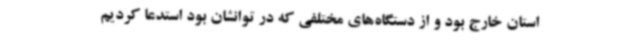
استان خارج بود و از دستگاه‌های مختلفی که در توانشان بود استدعا کردیم